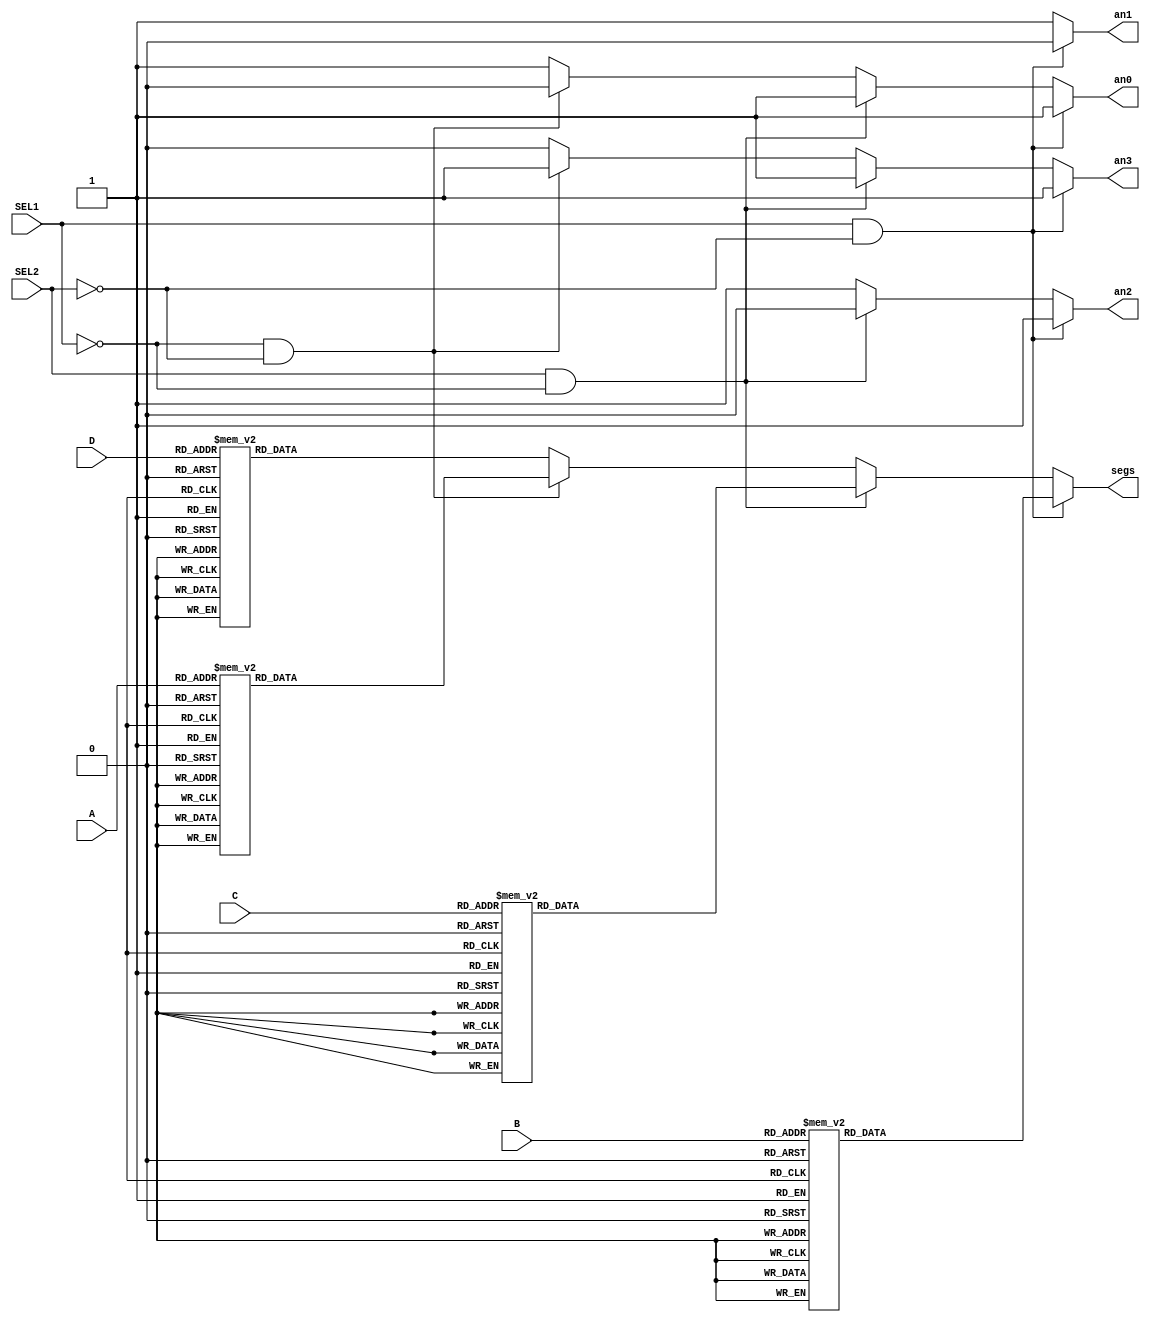
`timescale 1ns / 1ps
//////////////////////////////////////////////////////////////////////////////////
// Company: 
// Engineer: 
// 
// Design Name: 
// Module Name: seven_seg
// Project Name: 
// Target Devices: 
// Tool Versions: 
// Description: 
// 
// Dependencies: 
// 
// Revision:
// Revision 0.01 - File Created
// Additional Comments:
// 
//////////////////////////////////////////////////////////////////////////////////


module seven_seg(
    input [3:0] A,
    input [3:0] B,
    input [3:0] C,
    input [3:0] D,
    input SEL1,
    input SEL2,
    output reg [6:0] segs,
    output reg an0,
    output reg an1,
    output reg an2,
    output reg an3
    );
    
    parameter zero = 7'b1000000;
    parameter one = 7'b1111001;
    parameter two = 7'b0100100;
    parameter three = 7'b0110000;
    parameter four = 7'b0011001;
    parameter five = 7'b0010010;
    parameter six = 7'b0000010;
    parameter seven = 7'b1111000;
    parameter eight = 7'b0000000;
    parameter nine = 7'b0010000;
    parameter ten = 7'b0001000;
    parameter eleven = 7'b0000011;
    parameter twelve = 7'b1000110;
    parameter thirteen = 7'b0100001;
    parameter fourteen = 7'b0000110;
    parameter fifteen = 7'b0001110;
    
    always @(SEL1)
        if(SEL1 && !SEL2) begin
             an0 = 1; an1 = 0; an2 = 1; an3 = 1;
             case(B)
                4'b0000: segs = zero;
                4'b0001: segs = one;
                4'b0010: segs = two;
                4'b0011: segs = three;
                4'b0100: segs = four;
                4'b0101: segs = five;
                4'b0110: segs = six;
                4'b0111: segs = seven;
                4'b1000: segs = eight;
                4'b1001: segs = nine;
                4'b1010: segs = ten;
                4'b1011: segs = eleven;
                4'b1100: segs = twelve;
                4'b1101: segs = thirteen;
                4'b1110: segs = fourteen;
                4'b1111: segs = fifteen;
            endcase
        end else if (SEL2 && !SEL1) begin
            an0 = 1; an1 = 1; an2 = 0; an3 = 1;
            case(C)
                4'b0000: segs = zero;
                4'b0001: segs = one;
                4'b0010: segs = two;
                4'b0011: segs = three;
                4'b0100: segs = four;
                4'b0101: segs = five;
                4'b0110: segs = six;
                4'b0111: segs = seven;
                4'b1000: segs = eight;
                4'b1001: segs = nine;
                4'b1010: segs = ten;
                4'b1011: segs = eleven;
                4'b1100: segs = twelve;
                4'b1101: segs = thirteen;
                4'b1110: segs = fourteen;
                4'b1111: segs = fifteen;
            endcase
         end else if (!SEL1 && !SEL2) begin
            an0 = 0; an1 = 1; an2 = 1; an3 = 1;
            case (A)
                4'b0000: segs = zero;
                4'b0001: segs = one;
                4'b0010: segs = two;
                4'b0011: segs = three;
                4'b0100: segs = four;
                4'b0101: segs = five;
                4'b0110: segs = six;
                4'b0111: segs = seven;
                4'b1000: segs = eight;
                4'b1001: segs = nine;
                4'b1010: segs = ten;
                4'b1011: segs = eleven;
                4'b1100: segs = twelve;
                4'b1101: segs = thirteen;
                4'b1110: segs = fourteen;
                4'b1111: segs = fifteen;
            endcase
          end else begin
            an0 = 1; an1 = 1; an2 = 1; an3 = 0;
            case (D)
                4'b0000: segs = zero;
                4'b0001: segs = one;
                4'b0010: segs = two;
                4'b0011: segs = three;
                4'b0100: segs = four;
                4'b0101: segs = five;
                4'b0110: segs = six;
                4'b0111: segs = seven;
                4'b1000: segs = eight;
                4'b1001: segs = nine;
                4'b1010: segs = ten;
                4'b1011: segs = eleven;
                4'b1100: segs = twelve;
                4'b1101: segs = thirteen;
                4'b1110: segs = fourteen;
                4'b1111: segs = fifteen;
            endcase
            end       
                
endmodule